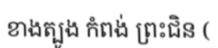
ខាងត្បូង កំពង់ ព្រះជិន (